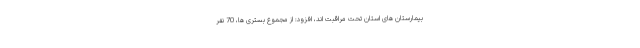
بیمارستان های استان تحت مراقبت اند، افزود: از مجموع بستری ها، 70 نفر